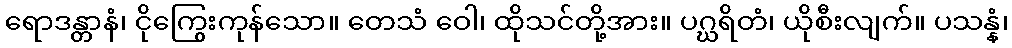
ရောဒန္တာနံ၊ ငိုကြွေးကုန်သော။ တေသံ ဝေါ၊ ထိုသင်တို့အား။ ပဂ္ဃရိတံ၊ ယိုစီးလျက်။ ပသန္နံ၊